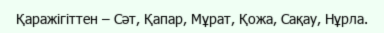
Қаражігіттен – Сәт, Қапар, Мұрат, Қожа, Сақау, Нұрла.